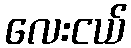
လေးငယ်